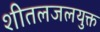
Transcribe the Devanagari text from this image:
शीतलजलयुक्त